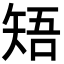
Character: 𥏒